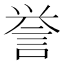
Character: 誉